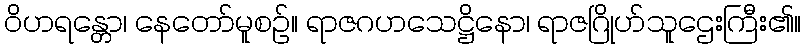
ဝိဟရန္တော၊ နေတော်မူစဉ်။ ရာဇဂဟသေဋ္ဌိနော၊ ရာဇဂြိုဟ်သူဌေးကြီး၏။